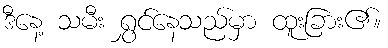
ဒီနေ့ သမီး ရွှင်နေသည်မှာ ထူးခြား၏။